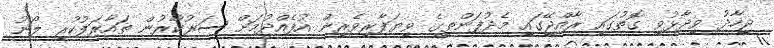
ޖިހާދު ވިދާޅުވި ގޮތުގައި ރާއްޖޭގައި މެދުފަންތީގެ ވިޔަފާރިވެރިން އުފެއްދުމަށް ސަރުކާރުން ތައާރަފުކުރި ލޯނު